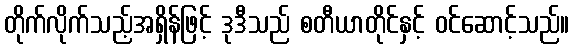
တိုက်လိုက်သည့်အရှိန်ဖြင့် ဒုဒီသည် စတီယာတိုင်နှင့် ဝင်ဆောင့်သည်။